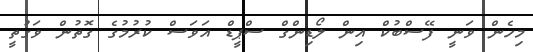
މިހެން ވަނީ ފޭސްބުކް އިން ލޯޑިންގް ސްޕީޑް އަވަސް ކުރުމުގެ ގޮތުން ވަގުތީ